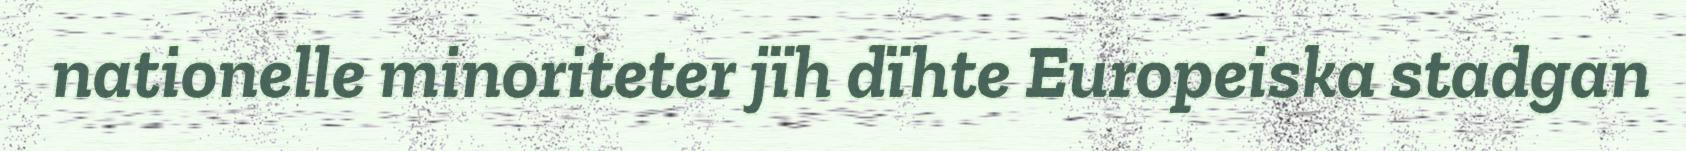
nationelle minoriteter jïh dïhte Europeiska stadgan